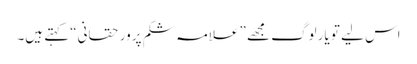
اس لیے تو یار لوگ مجھے ” علامہ شکم پرور حقانی“ کہتے ہیں۔